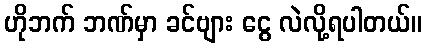
ဟိုဘက် ဘဏ်မှာ ခင်ဗျား ငွေ လဲလို့ရပါတယ်။